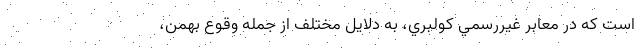
است كه در معابر غيررسمي كولبري، به دلايل مختلف از جمله وقوع بهمن،